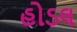
હોડલ